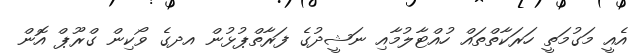
އެއީ މަގުމަތީ ހަރަކާތްތައް ހުއްޓާލުމާއި ނަޝީދުގެ ފަރާތްޕުޅުން އދގެ ވޯކިން ގްރޫޕް އޮން